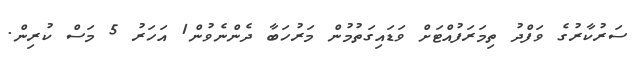
ސަރުކާރުގެ ވަފްދު ތިމަރަފުއްޓަށް ވަޑައިގަތުމުން މަރުހަބާ ދެންނެވުން1 އަހަރު 5 މަސް ކުރިން.